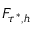
F _ { \tau ^ { * } , h }